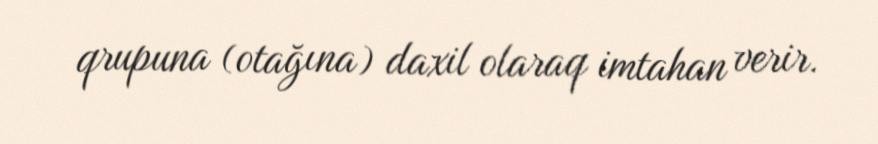
qrupuna (otağına) daxil olaraq imtahan verir.